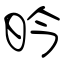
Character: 昑